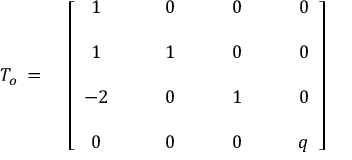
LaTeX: { \cal T } _ { o } \, = \, \quad \left[ \begin{array} { c c c c } { { 1 } } & { { \qquad 0 } } & { { \qquad 0 } } & { { \qquad 0 } } \\ { { } } & { { } } & { { } } & { { } } \\ { { 1 } } & { { \qquad 1 } } & { { \qquad 0 } } & { { \qquad 0 } } \\ { { } } & { { } } & { { } } & { { } } \\ { { - 2 } } & { { \qquad 0 } } & { { \qquad 1 } } & { { \qquad 0 } } \\ { { } } & { { } } & { { } } & { { } } \\ { { 0 } } & { { \qquad 0 } } & { { \qquad 0 } } & { { \qquad q } } \end{array} \right] \hphantom { x x x x x x x x x x x x x x x x x x }